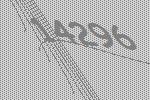
14296